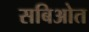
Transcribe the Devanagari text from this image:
सबिओत